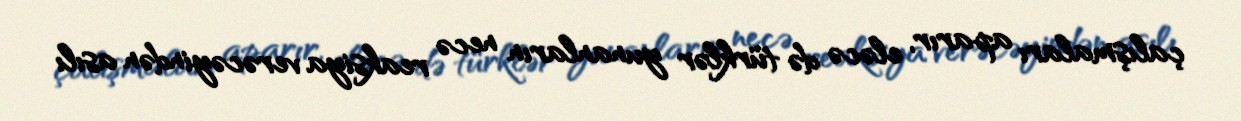
çalışmaları aparır, eləcə də türklər yunanların necə reaksiya verəcəyindən asılı